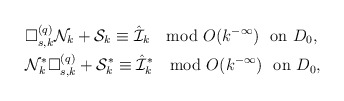
\begin{align*} &\Box^{(q)}_{s,k}\mathcal{N}_{k}+\mathcal{S}_{k}\equiv\hat{\mathcal{I}}_k\mod O(k^{-\infty})\ \ \mbox{on $D_0$},\\&\mathcal{N}^*_{k}\Box^{(q)}_{s,k}+\mathcal{S}^*_{k}\equiv\hat{\mathcal{I}}^*_k\mod O(k^{-\infty})\ \ \mbox{on $D_0$},\end{align*}